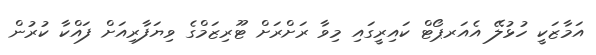
އަމާޒަކީ ހުޅުލޭ އެއަރޕޯޓް ކައިރީގައި މިވާ ރަށްރަށް ޓޫރިޒަމްގެ ވިޔަފާރިއަށް ފައްކާ ކުރުން